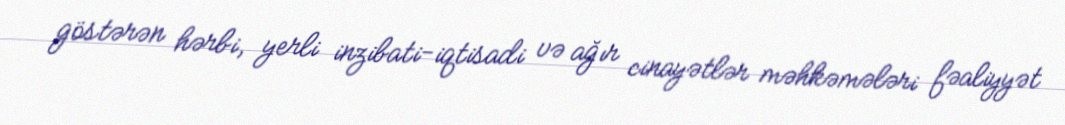
göstərən hərbi, yerli inzibati-iqtisadi və ağır cinayətlər məhkəmələri fəaliyyət